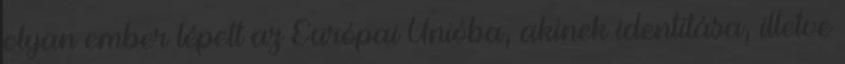
olyan ember lépett az Európai Unióba, akinek identitása, illetve